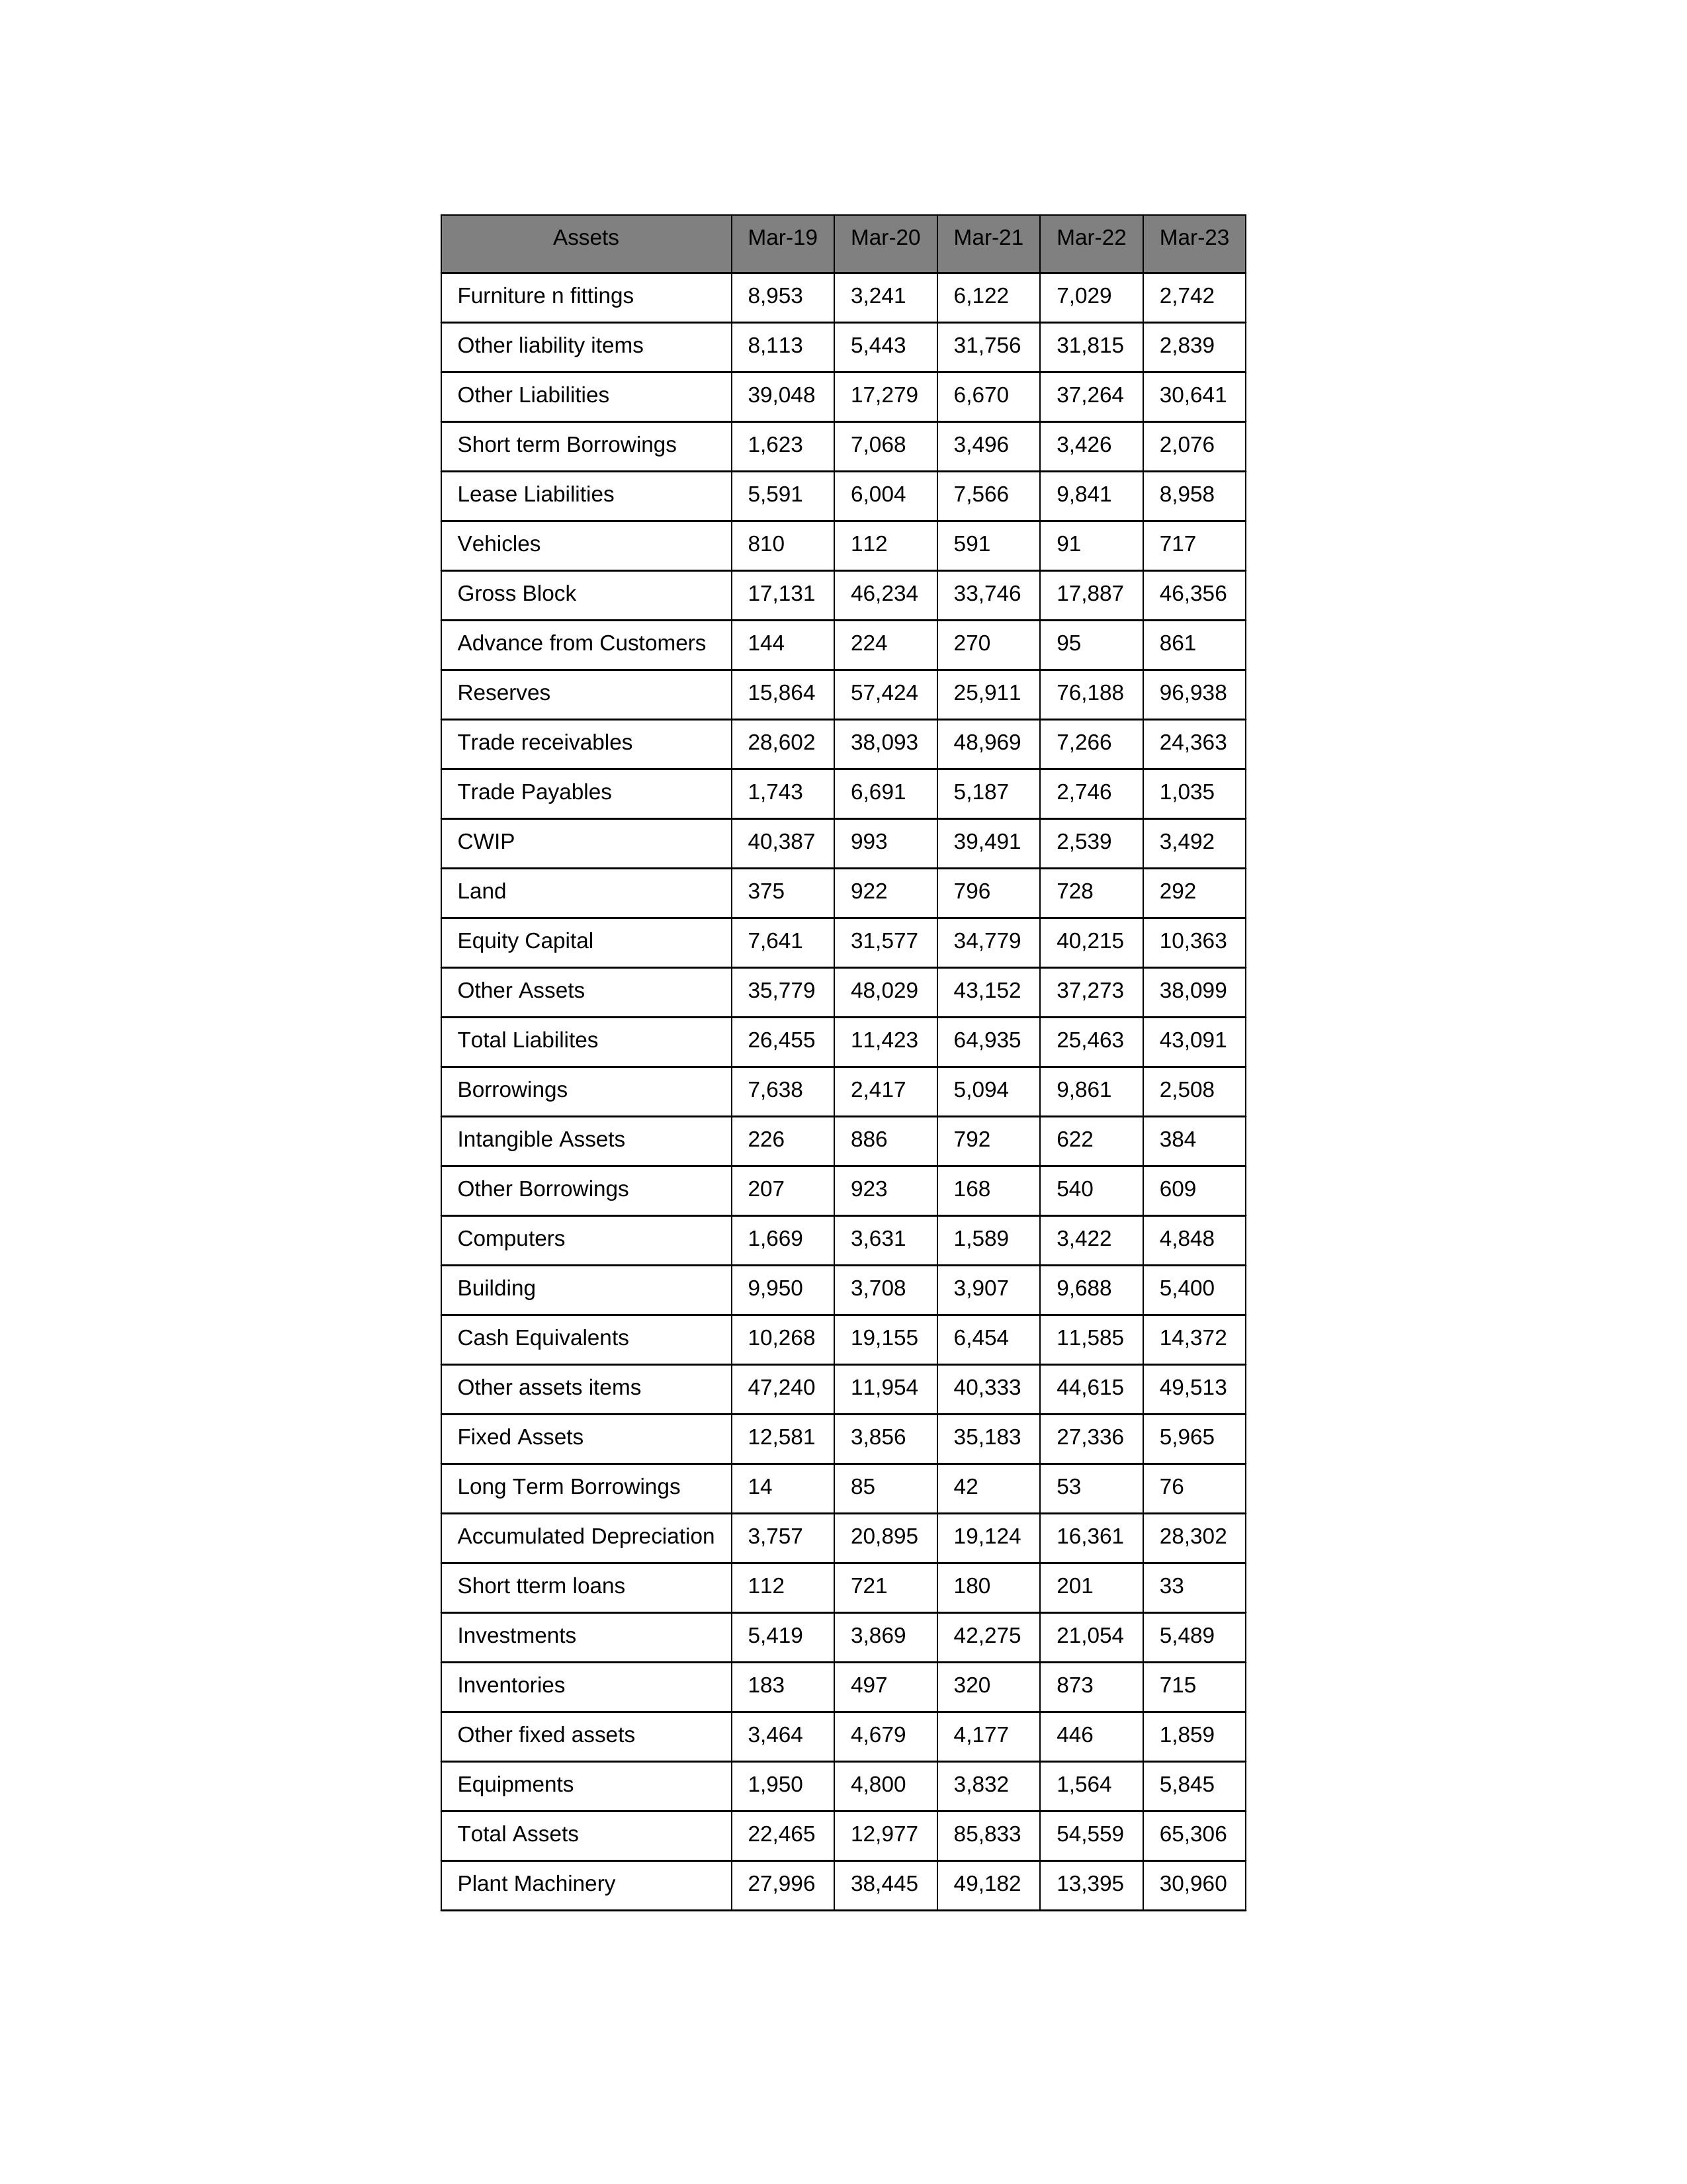
gt_parse: Mar-19: Equity Capital: 7,641
Reserves: 15,864
Borrowings: 7,638
Long Term Borrowings: 14
Short term Borrowings: 1,623
Lease Liabilities: 5,591
Other Borrowings: 207
Other Liabilities: 39,048
Trade Payables: 1,743
Advance from Customers: 144
Other liability items: 8,113
Total Liabilites: 26,455
Fixed Assets: 12,581
Land: 375
Building: 9,950
Plant Machinery: 27,996
Equipments: 1,950
Computers: 1,669
Furniture n fittings: 8,953
Vehicles: 810
Intangible Assets: 226
Other fixed assets: 3,464
Gross Block: 17,131
Accumulated Depreciation: 3,757
CWIP: 40,387
Investments: 5,419
Other Assets: 35,779
Inventories: 183
Trade receivables: 28,602
Cash Equivalents: 10,268
Short tterm loans: 112
Other assets items: 47,240
Total Assets: 22,465
Mar-20: Equity Capital: 31,577
Reserves: 57,424
Borrowings: 2,417
Long Term Borrowings: 85
Short term Borrowings: 7,068
Lease Liabilities: 6,004
Other Borrowings: 923
Other Liabilities: 17,279
Trade Payables: 6,691
Advance from Customers: 224
Other liability items: 5,443
Total Liabilites: 11,423
Fixed Assets: 3,856
Land: 922
Building: 3,708
Plant Machinery: 38,445
Equipments: 4,800
Computers: 3,631
Furniture n fittings: 3,241
Vehicles: 112
Intangible Assets: 886
Other fixed assets: 4,679
Gross Block: 46,234
Accumulated Depreciation: 20,895
CWIP: 993
Investments: 3,869
Other Assets: 48,029
Inventories: 497
Trade receivables: 38,093
Cash Equivalents: 19,155
Short tterm loans: 721
Other assets items: 11,954
Total Assets: 12,977
Mar-21: Equity Capital: 34,779
Reserves: 25,911
Borrowings: 5,094
Long Term Borrowings: 42
Short term Borrowings: 3,496
Lease Liabilities: 7,566
Other Borrowings: 168
Other Liabilities: 6,670
Trade Payables: 5,187
Advance from Customers: 270
Other liability items: 31,756
Total Liabilites: 64,935
Fixed Assets: 35,183
Land: 796
Building: 3,907
Plant Machinery: 49,182
Equipments: 3,832
Computers: 1,589
Furniture n fittings: 6,122
Vehicles: 591
Intangible Assets: 792
Other fixed assets: 4,177
Gross Block: 33,746
Accumulated Depreciation: 19,124
CWIP: 39,491
Investments: 42,275
Other Assets: 43,152
Inventories: 320
Trade receivables: 48,969
Cash Equivalents: 6,454
Short tterm loans: 180
Other assets items: 40,333
Total Assets: 85,833
Mar-22: Equity Capital: 40,215
Reserves: 76,188
Borrowings: 9,861
Long Term Borrowings: 53
Short term Borrowings: 3,426
Lease Liabilities: 9,841
Other Borrowings: 540
Other Liabilities: 37,264
Trade Payables: 2,746
Advance from Customers: 95
Other liability items: 31,815
Total Liabilites: 25,463
Fixed Assets: 27,336
Land: 728
Building: 9,688
Plant Machinery: 13,395
Equipments: 1,564
Computers: 3,422
Furniture n fittings: 7,029
Vehicles: 91
Intangible Assets: 622
Other fixed assets: 446
Gross Block: 17,887
Accumulated Depreciation: 16,361
CWIP: 2,539
Investments: 21,054
Other Assets: 37,273
Inventories: 873
Trade receivables: 7,266
Cash Equivalents: 11,585
Short tterm loans: 201
Other assets items: 44,615
Total Assets: 54,559
Mar-23: Equity Capital: 10,363
Reserves: 96,938
Borrowings: 2,508
Long Term Borrowings: 76
Short term Borrowings: 2,076
Lease Liabilities: 8,958
Other Borrowings: 609
Other Liabilities: 30,641
Trade Payables: 1,035
Advance from Customers: 861
Other liability items: 2,839
Total Liabilites: 43,091
Fixed Assets: 5,965
Land: 292
Building: 5,400
Plant Machinery: 30,960
Equipments: 5,845
Computers: 4,848
Furniture n fittings: 2,742
Vehicles: 717
Intangible Assets: 384
Other fixed assets: 1,859
Gross Block: 46,356
Accumulated Depreciation: 28,302
CWIP: 3,492
Investments: 5,489
Other Assets: 38,099
Inventories: 715
Trade receivables: 24,363
Cash Equivalents: 14,372
Short tterm loans: 33
Other assets items: 49,513
Total Assets: 65,306